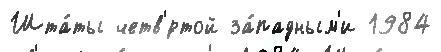
Шта́ты четв'́ртой за́падным'и 1984